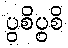
ပွစိပွစိ